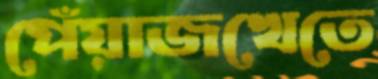
পেঁয়াজখেতে